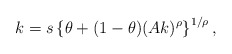
\begin{align*} k = s \left\{\theta + (1-\theta) (A k)^{\rho}\right\}^{1/\rho},\end{align*}